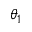
\theta _ { 1 }